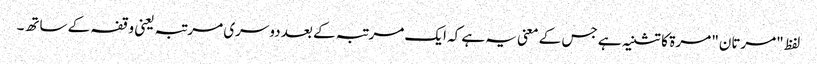
لفظ "مرتان" مرۃ کا تثنیہ ہے جس کے معنی یہ ہے کہ ایک مرتبہ کے بعد دوسری مرتبہ یعنی وقفہ کے ساتھ۔